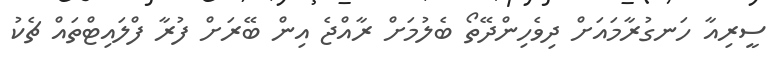
ސީރިއާ ހަނގުރާމައަށް ދިވެހިންދޭތޯ ބެލުމަށް ރާއްޖެ އިން ބޭރަށް ފުރާ ފްލައިޓްތައް ޗެކު